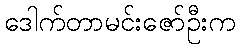
ဒေါက်တာမင်းဇော်ဦးက